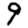
Digit: 9